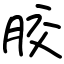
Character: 胶